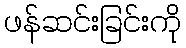
ဖန်ဆင်းခြင်းကို